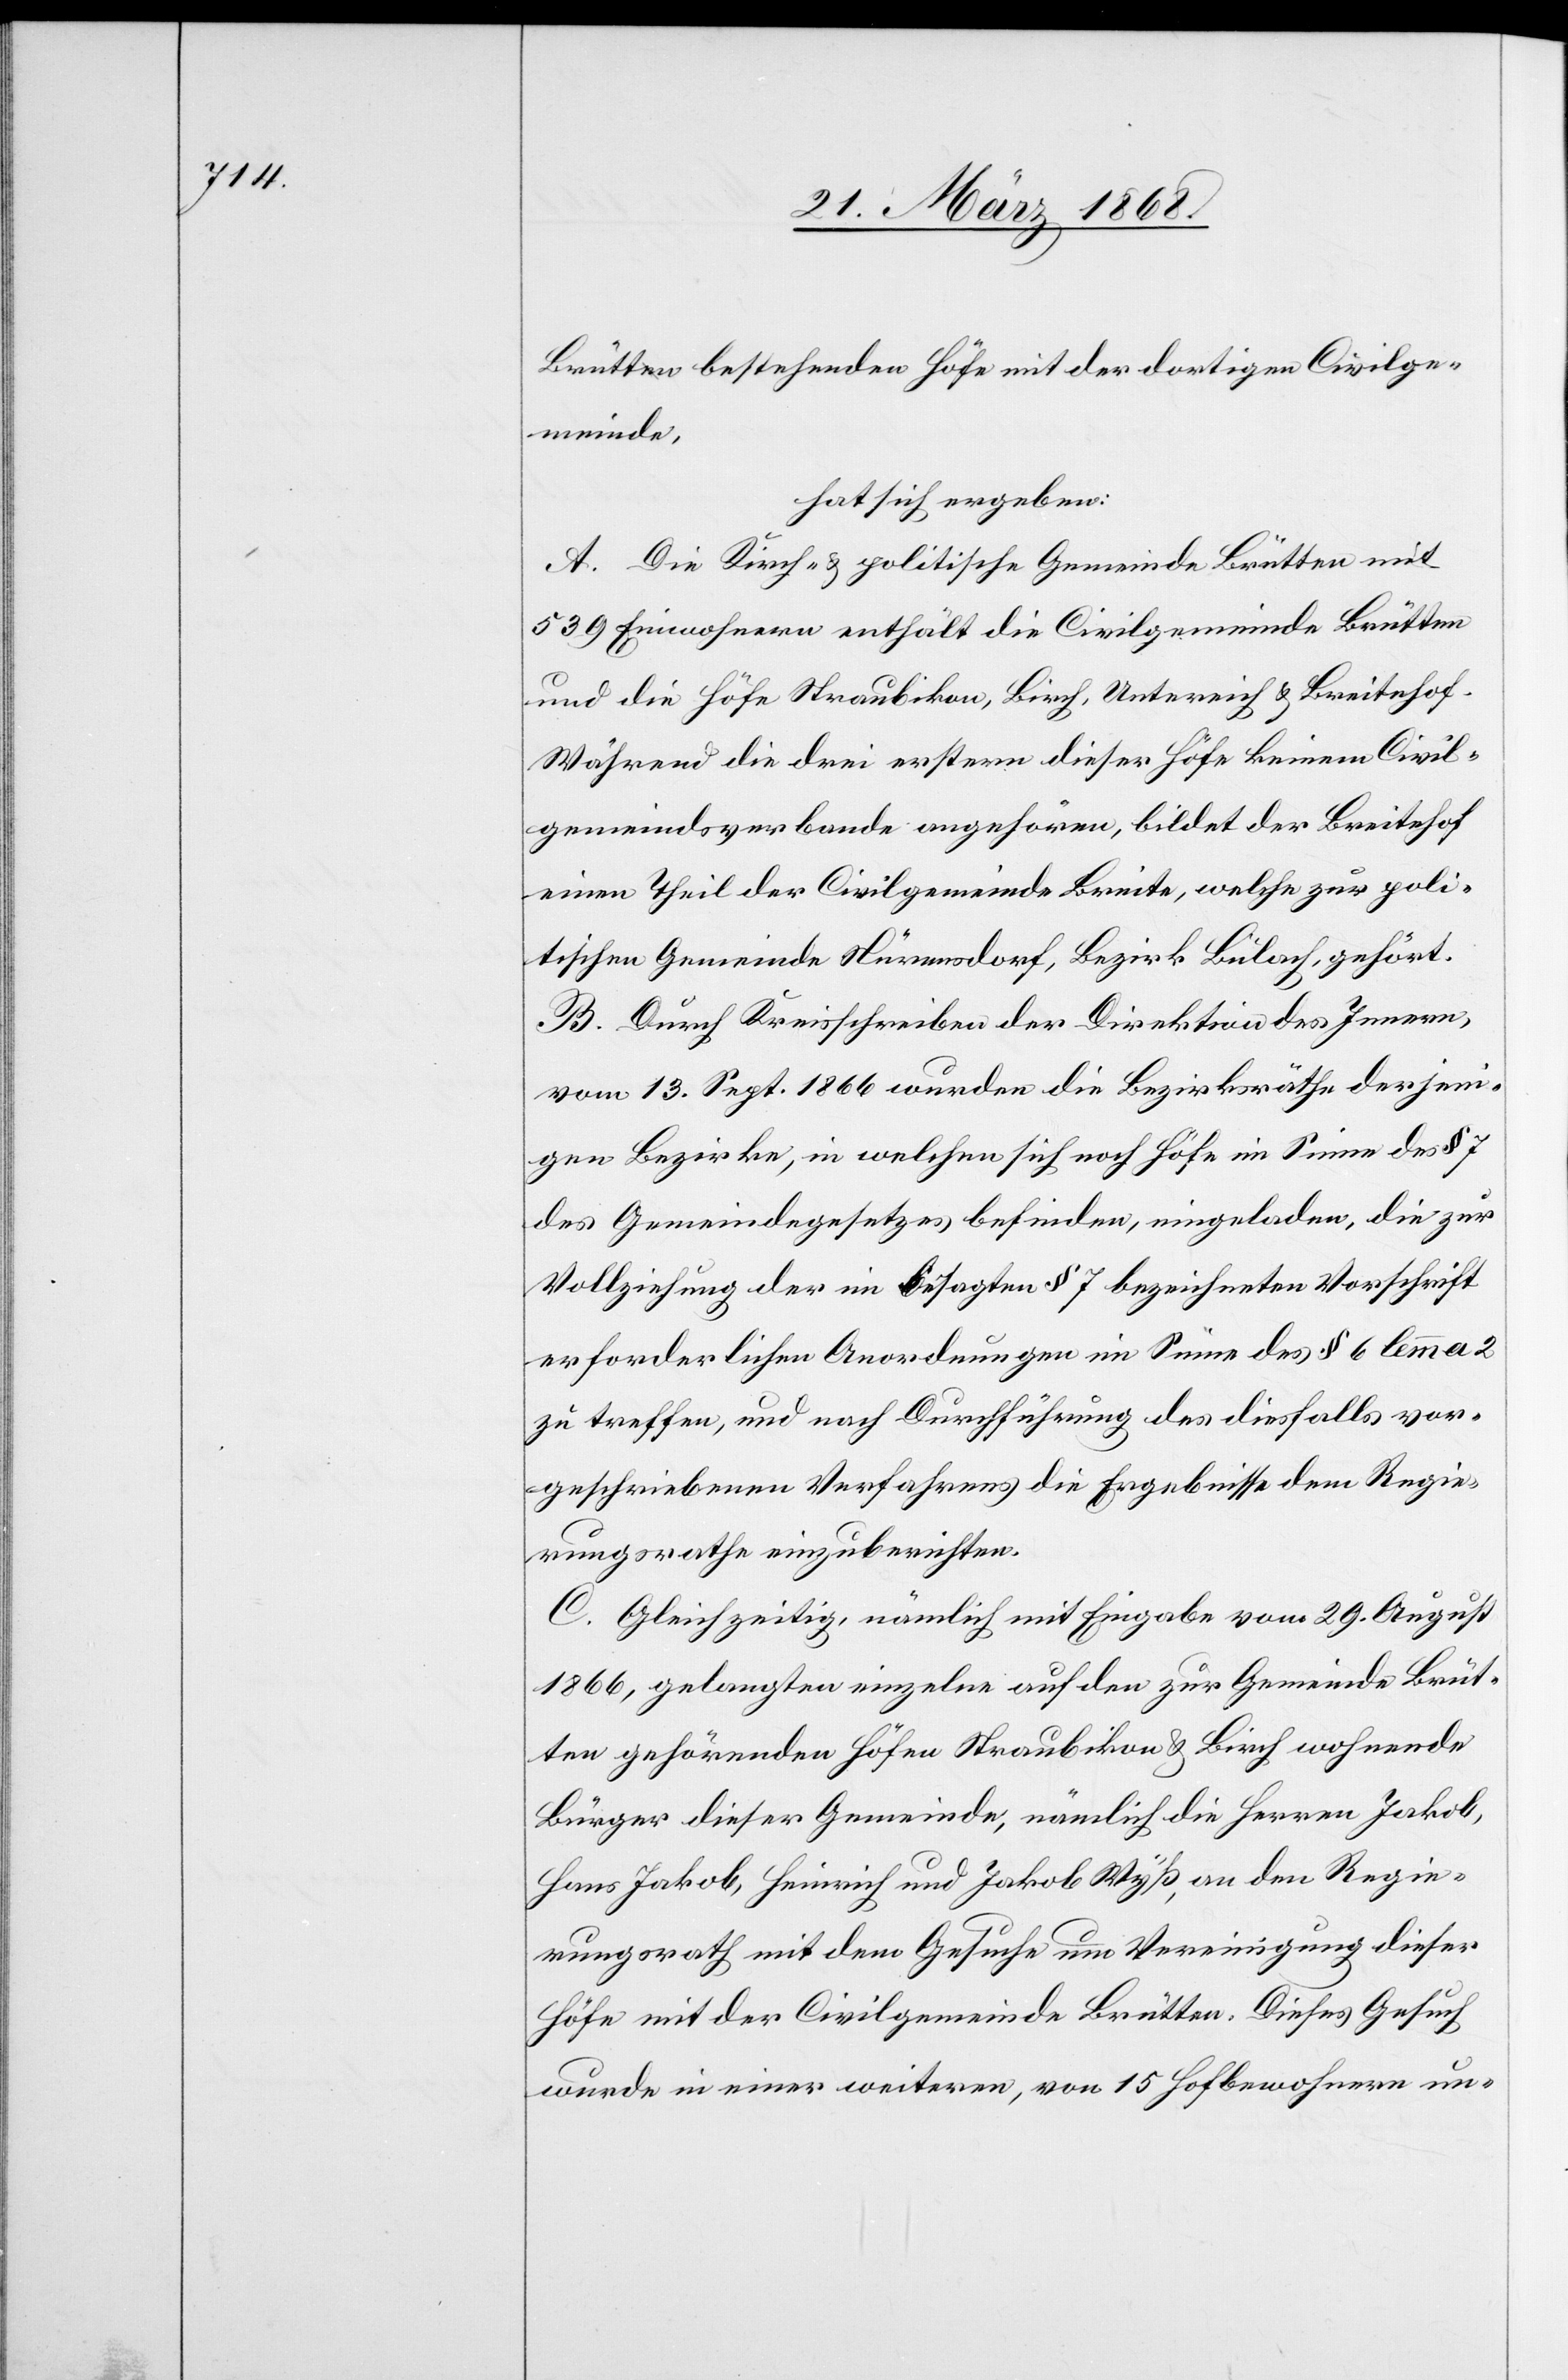
Brütten bestehenden Höfe mit der dortigen Civilge¬
meinde,
hat sich ergeben:
A. Die Kirch- & politische Gemeinde Brütten mit
539 Einwohnern enthält die Civilgemeinde Brütten
und die Höfe Straubikon, Birch, Untereich & Breitehof.
Während die drei erstern dieser Höfe keinem Civil¬
gemeindsverbande angehören, bildet der Breitehof
einen Theil der Civilgemeinde Breite, welche zur poli¬
tischen Gemeinde Nürensdorf, Bezirk Bülach, gehört.
B. Durch Kreisschreiben der Direktion des Innern,
vom 13. Sept. 1866 wurden die Bezirksräthe derjeni¬
gen Bezirke, in welchen sich noch Höfe im Sinne des § 7
des Gemeindegesetzes befinden, eingeladen, die zur
Vollziehung der im besagten § 7 bezeichneten Vorschrift
erforderlichen Anordnungen im Sinne des § 6 lemma 2
zu treffen, und nach Durchführung des diesfalls vor¬
geschriebenen Verfahrens die Ergebnisse dem Regie¬
rungsrathe einzuberichten.
C. Gleichzeitig, nämlich mit Eingabe vom 29. August
1866, gelangten einzelne auf den zur Gemeinde Brüt¬
ten gehörenden Höfen Straubikon & Birch wohnende
Bürger dieser Gemeinde, nämlich die Herren Jakob,
Hans Jakob, Heinrich und Jakob Wyß, an den Regie¬
rungsrath mit dem Gesuche um Vereinigung dieser
Höfe mit der Civilgemeinde Brütten. Dieses Gesuch
wurde in einer weiteren, von 15 Hofbewohnern un-